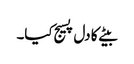
بیٹے کا دل پسیج کیا۔